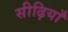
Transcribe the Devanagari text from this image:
सीढ़ियाँ